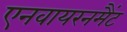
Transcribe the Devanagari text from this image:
एनवायरनमैंट